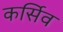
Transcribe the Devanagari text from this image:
कर्सिव